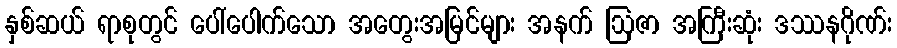
နှစ်ဆယ် ရာစုတွင် ပေါ်ပေါက်သော အတွေးအမြင်များ အနက် ဩဇာ အကြီးဆုံး ဒဿနဂိုဏ်း